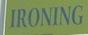
ironing